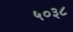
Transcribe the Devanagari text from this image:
५०३८